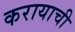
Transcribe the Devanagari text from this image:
करायाची